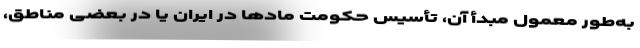
به‌طور معمول مبدأ آن، تأسیس حکومت مادها در ایران یا در بعضی مناطق،